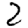
Digit: 2